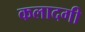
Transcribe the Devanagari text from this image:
कलादगी